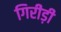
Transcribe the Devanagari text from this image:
गिरीड़ी